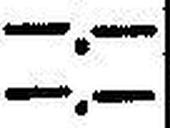
—.—